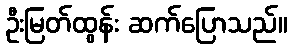
ဦးမြတ်ထွန်း ဆက်ပြောသည်။